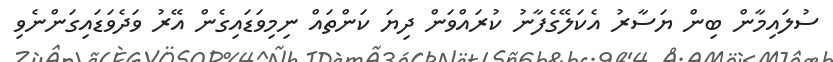
ސުލައިމާން ބިން ޔަސާރު އެކަލޭގެފާނު ކުރައްވަން ދިޔަ ކަންތައް ނިމިވަޑައިގެން އޭރު ވަދެވަޑައިގަންނެވި